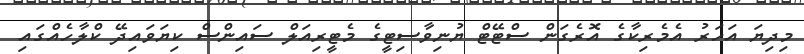
މިދިޔަ އަހަރު އެމެރިކާގެ އޮރެގަން ސްޓޭޓް ޔުނިވާސިޓީގެ މެޓީރިއަލް ސައިންސް ކިޔަވައިދޭ ކްލާހެއްގައި